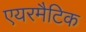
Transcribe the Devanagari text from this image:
एयरमैटिक